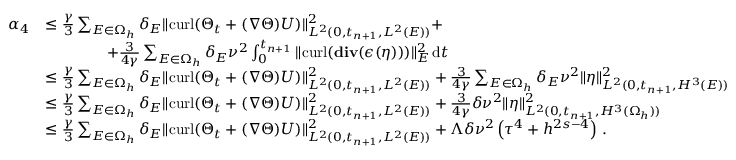
\begin{array} { r l } { \alpha _ { 4 } } & { \leq \frac { \gamma } { 3 } \sum _ { E \in \Omega _ { h } } \delta _ { E } \| { \mathrm { c u r l } } ( \boldsymbol { \Theta } _ { t } + ( \boldsymbol { \nabla } \boldsymbol { \Theta } ) \boldsymbol { U } ) \| _ { L ^ { 2 } ( 0 , t _ { n + 1 } , L ^ { 2 } ( E ) ) } ^ { 2 } + } \\ & { \qquad \qquad + \frac { 3 } { 4 \gamma } \sum _ { E \in \Omega _ { h } } \delta _ { E } \nu ^ { 2 } \int _ { 0 } ^ { t _ { n + 1 } } \| { \mathrm { c u r l } } ( \mathbf { { d i v } } ( \boldsymbol { \epsilon } ( \boldsymbol { \eta } ) ) ) \| _ { E } ^ { 2 } \, \mathrm { d } t } \\ & { \leq \frac { \gamma } { 3 } \sum _ { E \in \Omega _ { h } } \delta _ { E } \| { \mathrm { c u r l } } ( \boldsymbol { \Theta } _ { t } + ( \boldsymbol { \nabla } \boldsymbol { \Theta } ) \boldsymbol { U } ) \| _ { L ^ { 2 } ( 0 , t _ { n + 1 } , L ^ { 2 } ( E ) ) } ^ { 2 } + \frac { 3 } { 4 \gamma } \sum _ { E \in \Omega _ { h } } \delta _ { E } \nu ^ { 2 } \| \boldsymbol { \eta } \| _ { L ^ { 2 } ( 0 , t _ { n + 1 } , H ^ { 3 } ( E ) ) } ^ { 2 } } \\ & { \leq \frac { \gamma } { 3 } \sum _ { E \in \Omega _ { h } } \delta _ { E } \| { \mathrm { c u r l } } ( \boldsymbol { \Theta } _ { t } + ( \boldsymbol { \nabla } \boldsymbol { \Theta } ) \boldsymbol { U } ) \| _ { L ^ { 2 } ( 0 , t _ { n + 1 } , L ^ { 2 } ( E ) ) } ^ { 2 } + \frac { 3 } { 4 \gamma } \delta \nu ^ { 2 } \| \boldsymbol { \eta } \| _ { L ^ { 2 } ( 0 , t _ { n + 1 } , H ^ { 3 } ( \Omega _ { h } ) ) } ^ { 2 } } \\ & { \leq \frac { \gamma } { 3 } \sum _ { E \in \Omega _ { h } } \delta _ { E } \| { \mathrm { c u r l } } ( \boldsymbol { \Theta } _ { t } + ( \boldsymbol { \nabla } \boldsymbol { \Theta } ) \boldsymbol { U } ) \| _ { L ^ { 2 } ( 0 , t _ { n + 1 } , L ^ { 2 } ( E ) ) } ^ { 2 } + \Lambda \delta \nu ^ { 2 } \left( \tau ^ { 4 } + h ^ { 2 s - 4 } \right) \, . } \end{array}